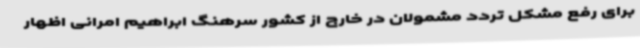
برای رفع مشکل تردد مشمولان در خارج از کشور سرهنگ ابراهیم امرانی اظهار